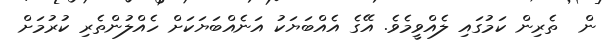
ން  ތެރިން ކަމުގައި ލެއްވީމެވެ. އޭގެ އެއްބަޔަކު އަނެއްބަޔަކަށް ހެއްލުންތެރި ކުރުމަށް